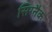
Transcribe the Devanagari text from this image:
सिग्‍नैक